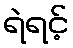
ရဲရင့်